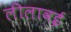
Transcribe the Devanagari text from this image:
लीलावई